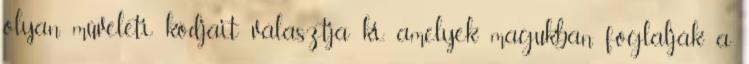
olyan műveleti kódjait választja ki, amelyek magukban foglalják a